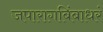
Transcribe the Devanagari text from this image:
जपारागबिंबाधरं